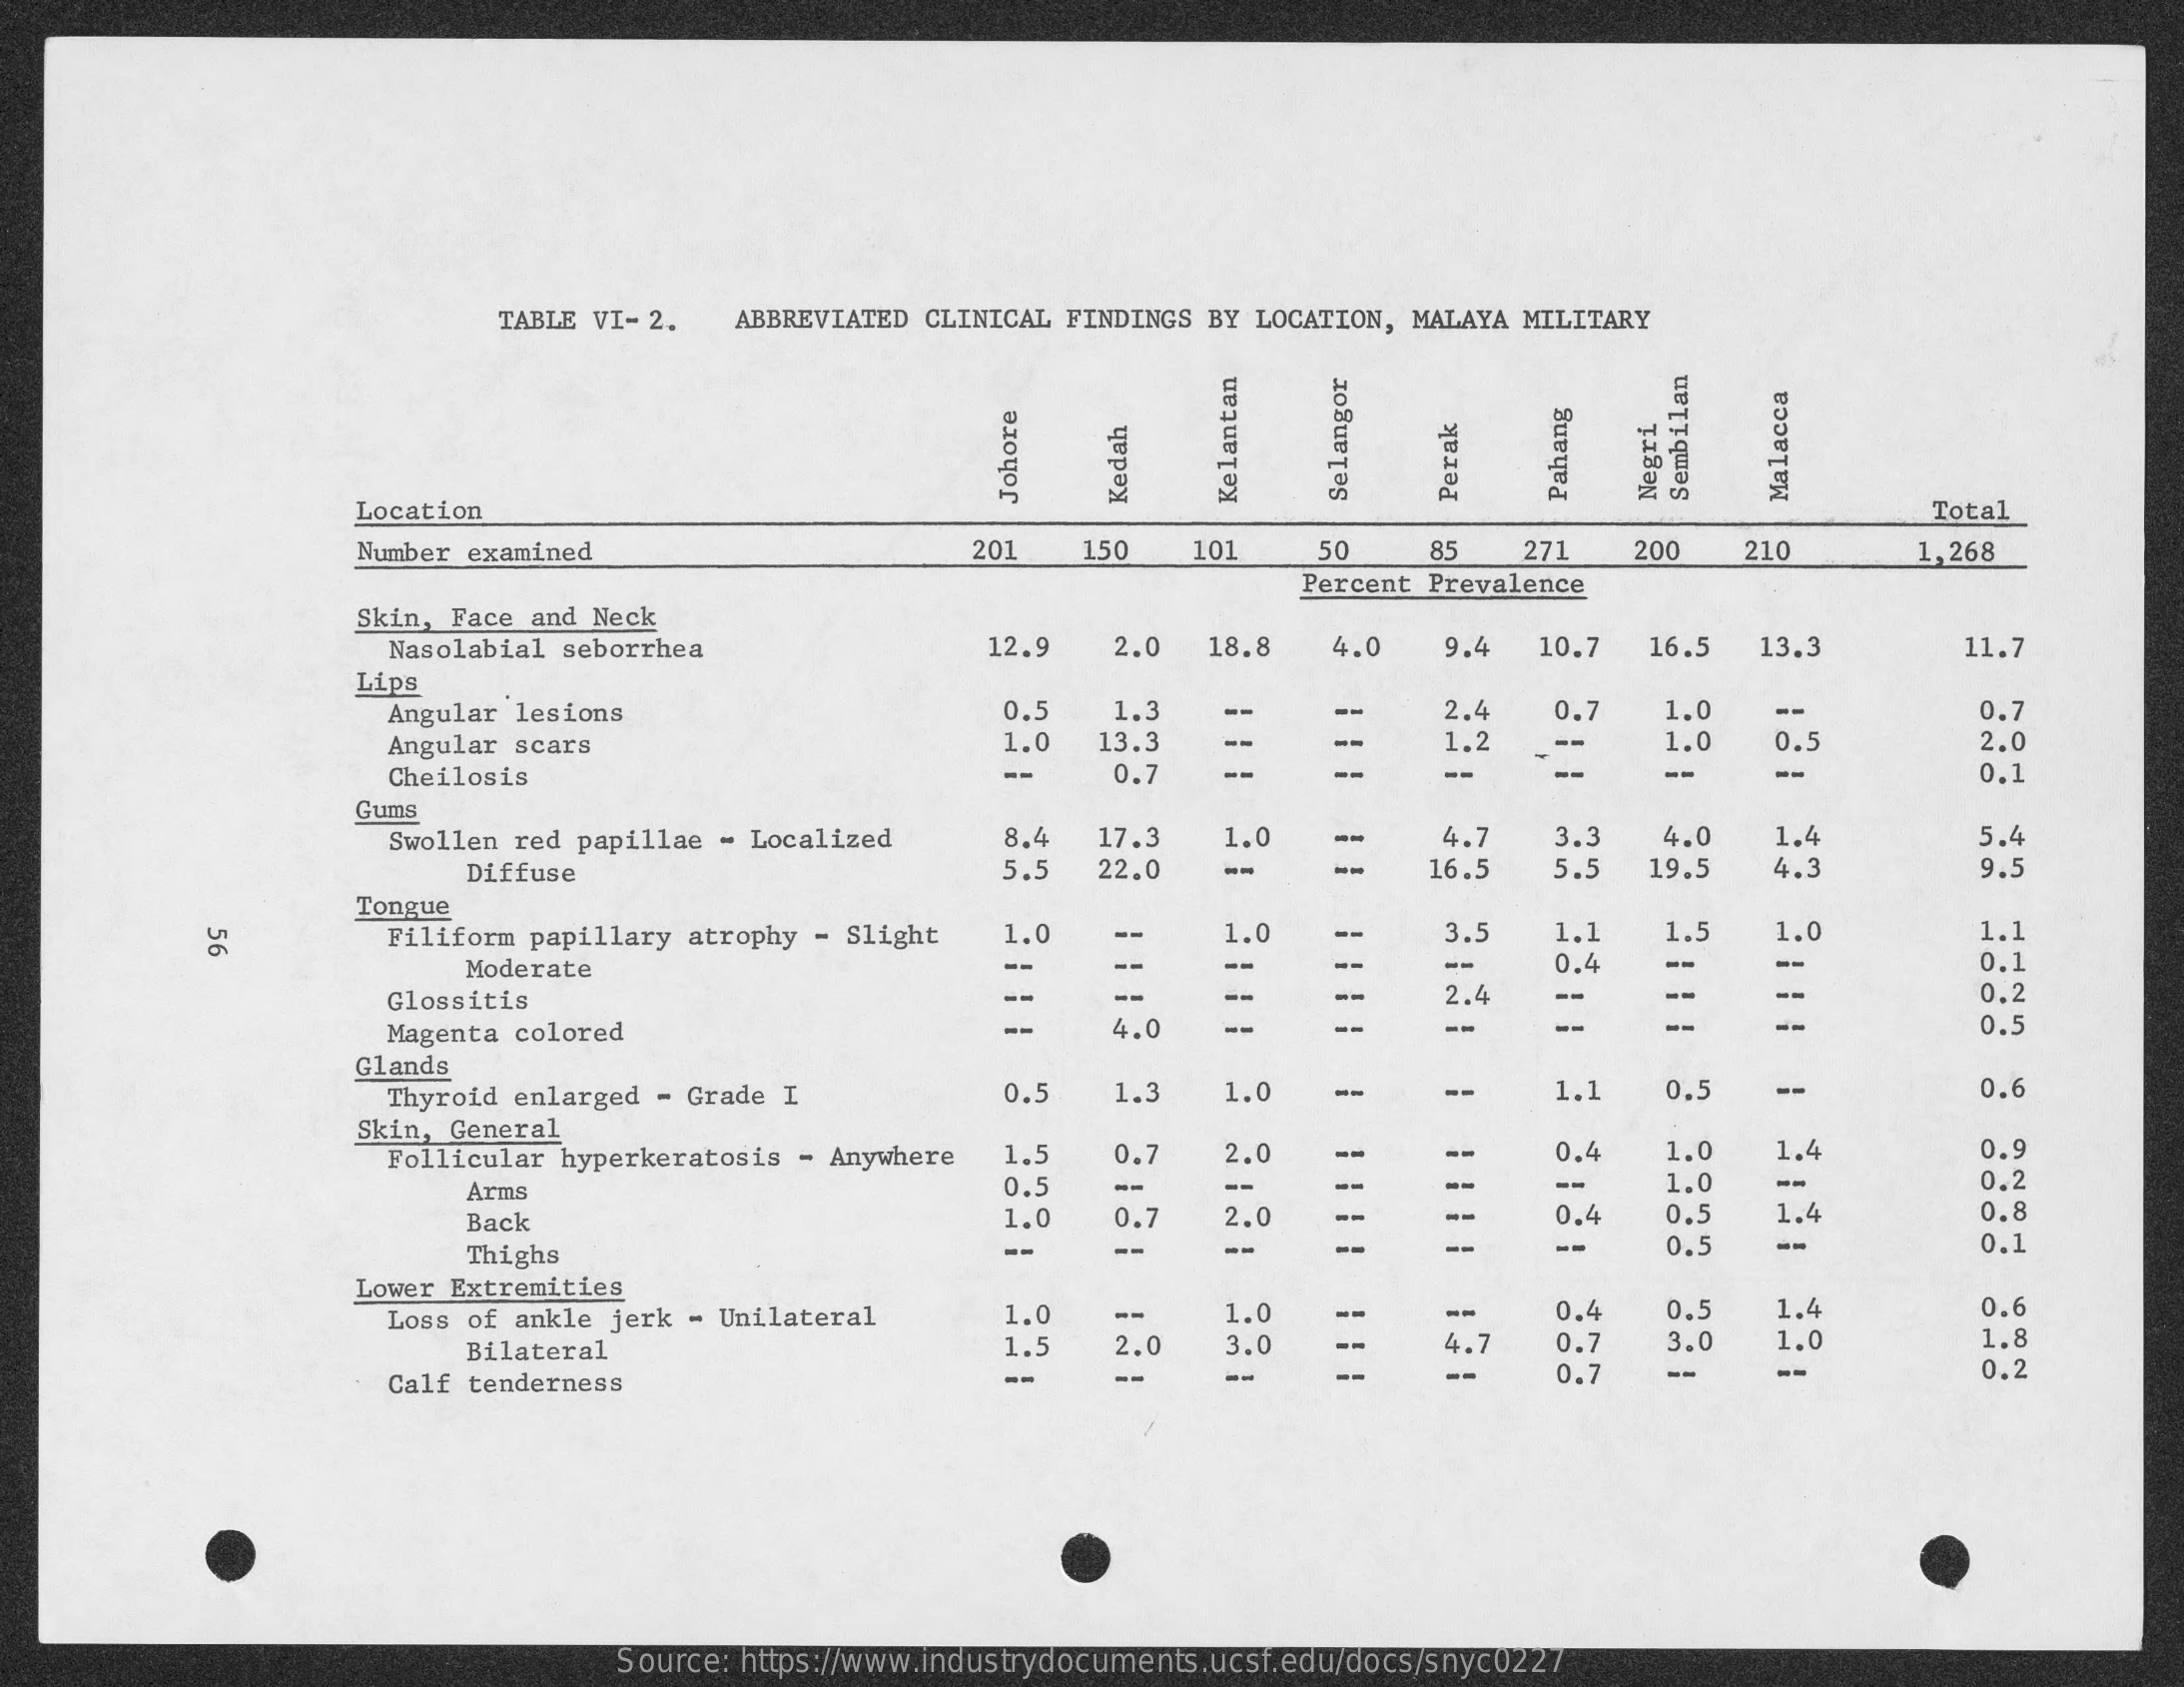
TABLE VI- 2. ABBREVIATED CLINICAL FINDINGS BY LOCATION, MALAYA MILITARY
     Location    Total
     Johore    Selangor    Pahang Sembilan Perak Malacca Kelantan Negri Kedah
     Number examined    201   150   101   50    85   271   200   210    1,268
     Percent Prevalence
     Skin, Face and Neck
     Nasolabial seborrhea    12.9  2.0  18,8   4.0   9.4  10.7  16.5  13.3    11.7
     Lips
     Angular lesions    0.5   1.3    2.4
     1.2
     0.7
     Angular scars    --
     1.0    0.7
     1.0  13.3    1.0   0.5    2.0
     Cheilosis    --    0.7    --    --    --    0.1
     Gums
     Swollen red papillae - Localized 8.4  17.3   1.0   --    4.7   3.3   4.0    5.4
     5.5
     1.4
     Diffuse    5.   22.0   --    --   16.5    19.5   4.3    9.5
     Tongue
     Filiform papillary atrophy - Slight 1.0    1.0    3.5   1.1 56 1.5  1.0    1.1
     Moderate    --    --    --    --    0.4   --    0.1
     Glossitis    --    2.4    0.2
     Magenta colored    --    4.0   --    --    --    0.5
     Glands
     Thyroid enlarged - Grade I    0.5   1.3   1.0   --    --    1.1   0.5   --    0.6
     Skin, General
     Follicular hyperkeratosis - Anywhere 1.5 0.7 2.0    0.4   1.0   1.4    0.9
     Arms    0.    --    --    1.0   --    0.2
     Back    1.0   0.7   2.0    0.4   0.5   1.4    0.8
     Thighs    --    --    --    --    0.5   --    0.1
     Lower Extremities
     Loss of ankle jerk - Unilateral  1.0    1.0    --
     4.7
     0.4   0.5   1.4    0.6
     Bilateral    1.5  2.0   3.0    0.    3.0   1.0    1.8
     Calf tenderness    --    --    0.7   --    0.2
     Source: https://www.industrydocuments.ucsf.edu/docs/snyc0227